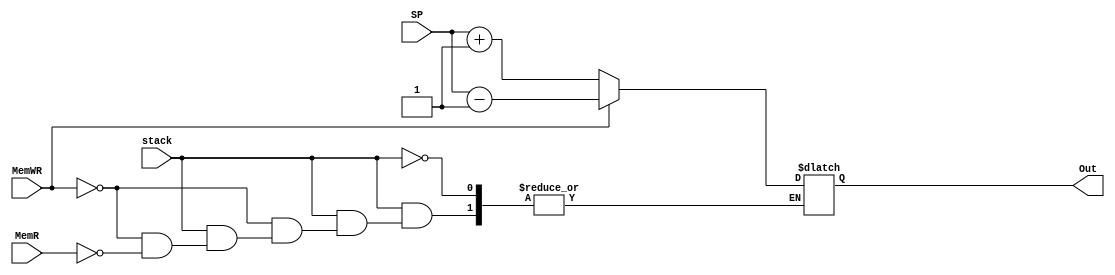
module SPAdder(input[31:0] SP,
    input stack,
    input MemWR,   //push
    input MemR,    //pop       
    output reg[31:0]Out
     );

always @* begin
  if(stack)
  begin
    if(MemWR)
        Out = SP - 1;
    else if(MemR)
        Out = SP + 1;
  end 
end

endmodule